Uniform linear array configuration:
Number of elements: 48
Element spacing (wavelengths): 0.25
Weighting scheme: hamming
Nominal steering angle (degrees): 60
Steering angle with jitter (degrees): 60.054
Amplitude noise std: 0.05
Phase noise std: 0.05

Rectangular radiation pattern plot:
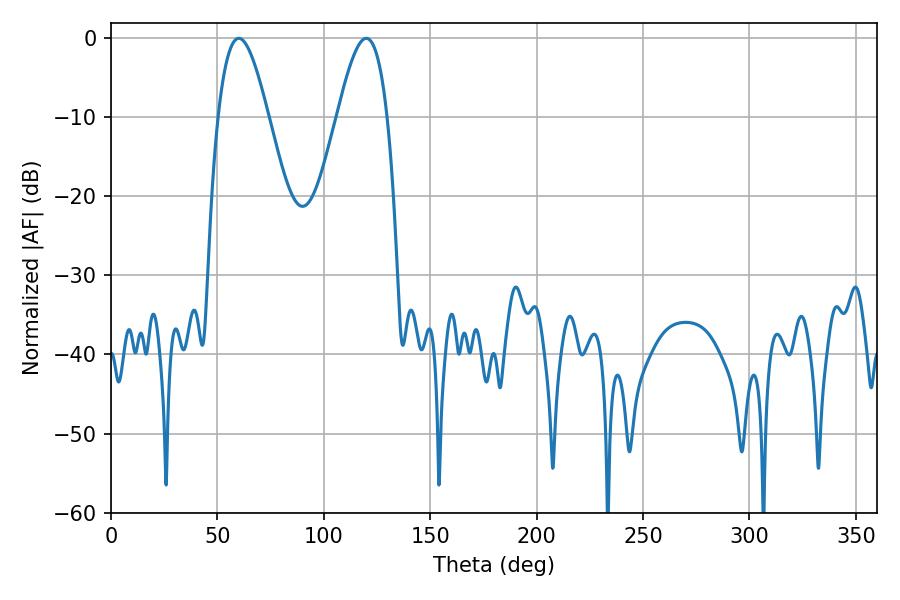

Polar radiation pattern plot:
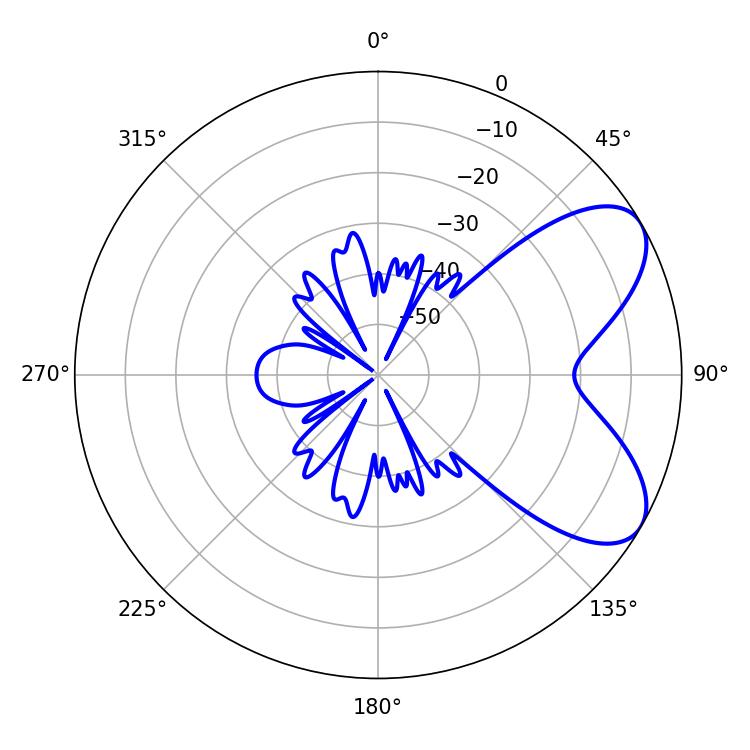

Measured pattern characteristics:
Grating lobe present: FALSE
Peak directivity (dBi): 6.712
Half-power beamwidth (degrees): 12.6
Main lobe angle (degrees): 60.12